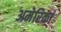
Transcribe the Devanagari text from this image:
अमेरिकां